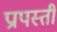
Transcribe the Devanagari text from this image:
प्रापस्ती